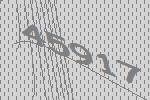
45917